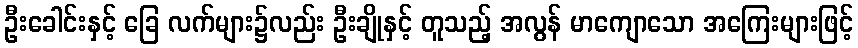
ဦးခေါင်းနှင့် ခြေ လက်များ၌လည်း ဦးချိုနှင့် တူသည့် အလွန် မာကျောသော အကြေးများဖြင့်